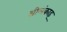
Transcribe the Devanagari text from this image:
श्रीलंकाइ